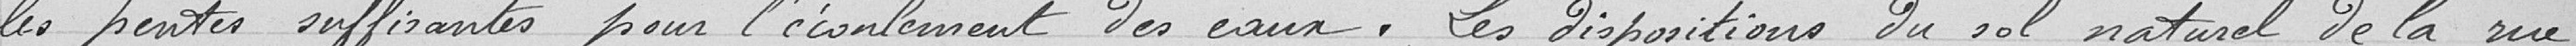
les pentes suffisantes pour l'écoulement des eaux. Les dispositions du sol naturel de la rue,